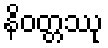
နိဝတ္တဿု